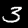
Digit: 3